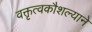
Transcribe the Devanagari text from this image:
वक्तृत्वकौशल्याने